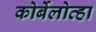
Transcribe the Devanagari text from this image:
कोर्बेलोव्हा